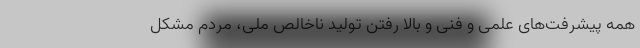
همه پیشرفت‌های علمی و فنی و بالا رفتن تولید ناخالص ملی، مردم مشکل